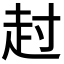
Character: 𧺘